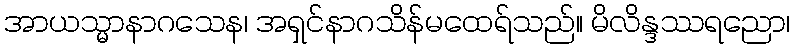
အာယသ္မာနာဂသေန၊ အရှင်နာဂသိန်မထေရ်သည်။ မိလိန္ဒဿရညော၊